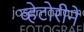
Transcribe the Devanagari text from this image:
व्हेटोरीने